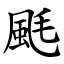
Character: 䫽